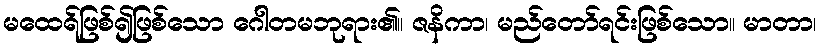
မထေရ်ဖြစ်၍ဖြစ်သော ဂေါတမဘုရား၏။ ဇနိကာ၊ မည်တော်ရင်းဖြစ်သော။ မာတာ၊